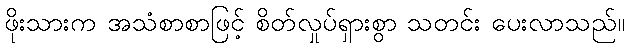
ဖိုးသားက အသံစာစာဖြင့် စိတ်လှုပ်ရှားစွာ သတင်း ပေးလာသည်။